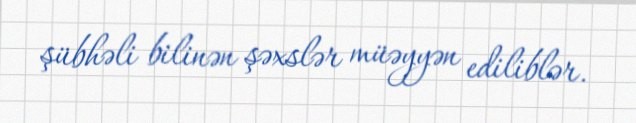
şübhəli bilinən şəxslər müəyyən ediliblər.